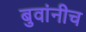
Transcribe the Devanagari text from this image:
बुवांनीच